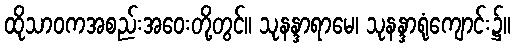
ထိုသာဝကအစည်းအဝေးတို့တွင်။ သုနန္ဒာရာမေ၊ သုနန္ဒာရုံကျောင်း၌။